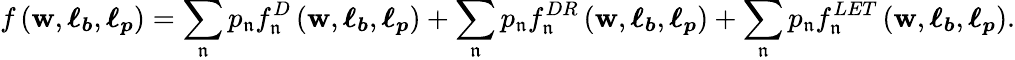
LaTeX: f\left(\boldsymbol{\mathbf{w}},\boldsymbol{\ell_{b}},\boldsymbol{\ell_{p}}\right)=\sum_{\mathfrak{n}}p_{\mathfrak{n}}f_{\mathfrak{n}}^{D}\left(\boldsymbol{\mathbf{w}},\boldsymbol{\ell_{b}},\boldsymbol{\ell_{p}}\right)+\sum_{\mathfrak{n}}p_{\mathfrak{n}}f_{\mathfrak{n}}^{DR}\left(\boldsymbol{\mathbf{w}},\boldsymbol{\ell_{b}},\boldsymbol{\ell_{p}}\right)+\sum_{\mathfrak{n}}p_{\mathfrak{n}}f_{\mathfrak{n}}^{LET}\left(\boldsymbol{\mathbf{w}},\boldsymbol{\ell_{b}},\boldsymbol{\ell_{p}}\right).